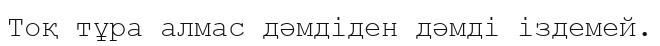
Тоқ тұра алмас дәмдіден дәмді іздемей.